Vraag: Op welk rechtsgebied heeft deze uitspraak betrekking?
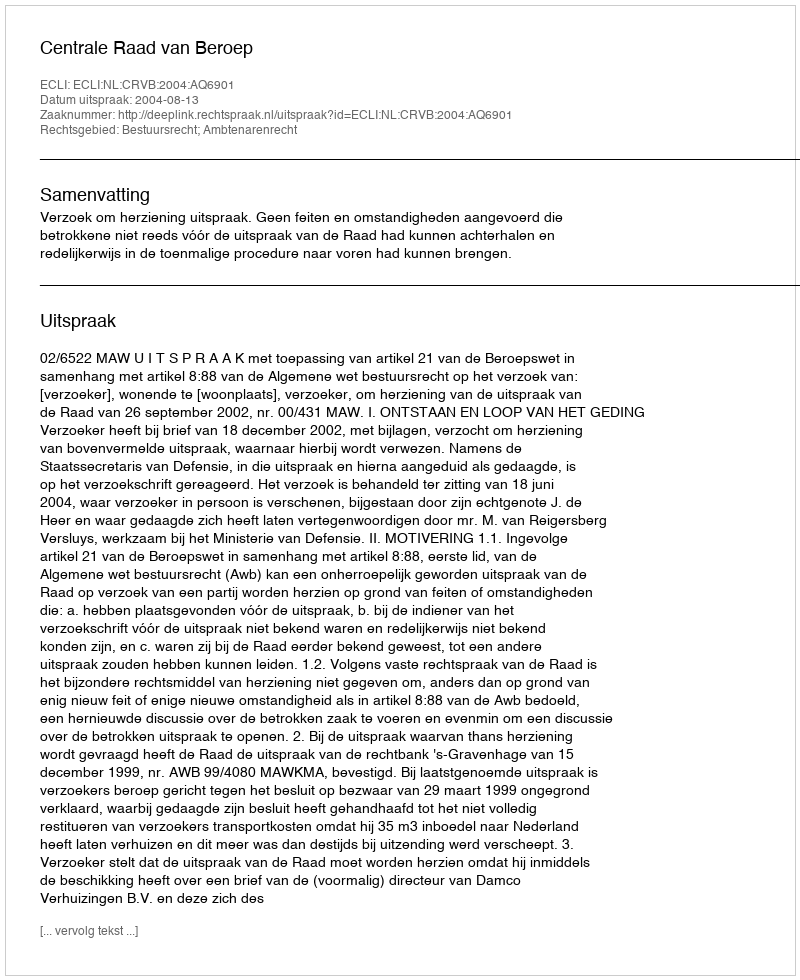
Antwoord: Bestuursrecht; Ambtenarenrecht